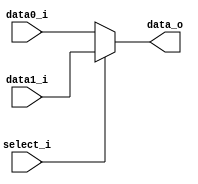
// 110550108
//Subject:     CO project 2 - MUX 221
//--------------------------------------------------------------------------------
//Version:     1
//--------------------------------------------------------------------------------
//Writer:      
//----------------------------------------------
//Date:     
//----------------------------------------------
//Description: 
//--------------------------------------------------------------------------------

module MUX_2to1(
    data0_i,
    data1_i,
    select_i,
    data_o
    );

parameter size = 0;			   

//I/O ports               
input   [size-1:0] data0_i;          
input   [size-1:0] data1_i;
input              select_i;
output  [size-1:0] data_o; 

//Internal Signals
reg     [size-1:0] data_o;

//Main function
always @(*) begin
    data_o <= select_i ? data1_i : data0_i;
end

endmodule